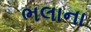
ભલાના